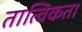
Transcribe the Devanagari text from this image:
तात्विकता